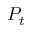
P _ { t }